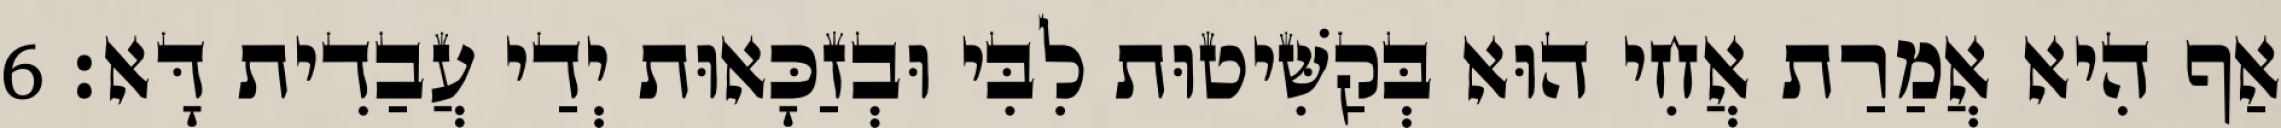
אַף הִיא אֲמַרַת אֲחִי הוּא בְּקַשִּׁיטוּת לִבִּי וּבְזַכָּאוּת יְדַי עֲבַדִית דָּא׃ 6